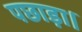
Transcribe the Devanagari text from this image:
पछाड़ा।